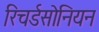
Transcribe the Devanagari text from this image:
रिचर्डसोनियन